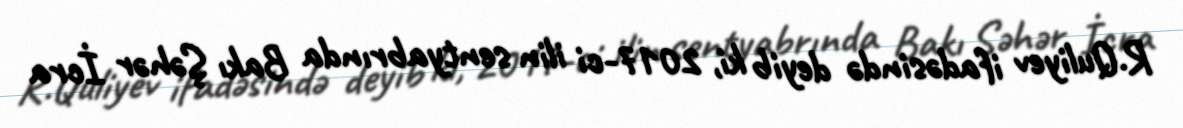
R.Quliyev ifadəsində deyib ki, 2017-ci ilin sentyabrında Bakı Şəhər İcra